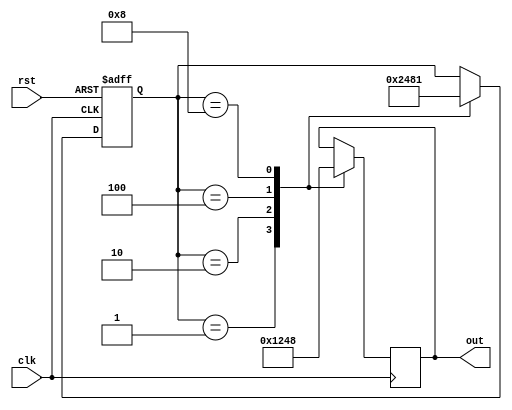
module RingCounter (
  input wire clk,
  input wire rst,
  output reg [3:0] out
);

reg [3:0] state;

always @(posedge clk or posedge rst) begin
  if (rst) begin
    state <= 4'b0001;
  end else begin
    case(state)
      4'b0001: state <= 4'b0010;
      4'b0010: state <= 4'b0100;
      4'b0100: state <= 4'b1000;
      4'b1000: state <= 4'b0001;
    endcase
  end
end

always @(posedge clk) begin
  case(state)
    4'b0001: out <= 4'b0001;
    4'b0010: out <= 4'b0010;
    4'b0100: out <= 4'b0100;
    4'b1000: out <= 4'b1000;
  endcase
end

endmodule